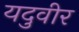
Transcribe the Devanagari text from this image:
यदुवीर